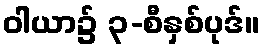
ဝါယာ၌ ၃-စီနှစ်ပုဒ်။